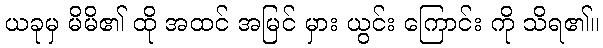
ယခုမှ မိမိ၏ ထို အထင် အမြင် မှား ယွင်း ကြောင်း ကို သိရ၏။